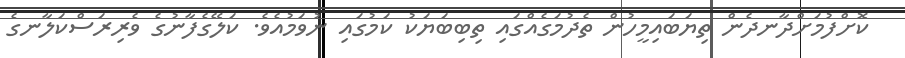
ކޮށްފުމަށްދާނދެން ތިޔަބައިމީހުން ތެދުމަގެއްގައި ތިބިބަޔަކު ކަމުގައި ނުވަމުއެވެ. ކަލޭގެފާނުގެ ވެރިރަސްކަލާނގެ